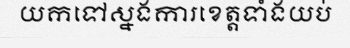
យកទៅស្នងការខេត្តទាំងយប់